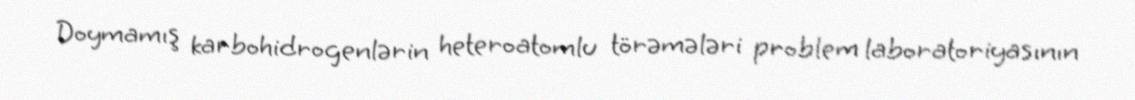
Doymamış karbohidrogenlərin heteroatomlu törəmələri problem laboratoriyasının